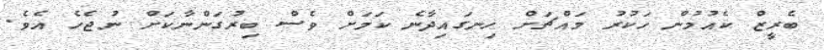
ބެރީޒް ކެއުމުން ހަކުރު މައްޗަށް ހިނގައިދާނެ ކަމަށް ވެސް ބިރުގަންނާކަށް ނުޖެހެ އެވެ.